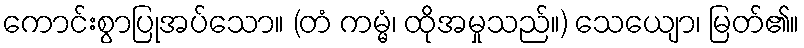
ကောင်းစွာပြုအပ်သော။ (တံ ကမ္မံ၊ ထိုအမှုသည်။) သေယျော၊ မြတ်၏။